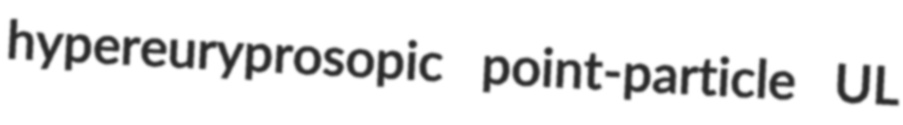
hypereuryprosopic point-particle UL